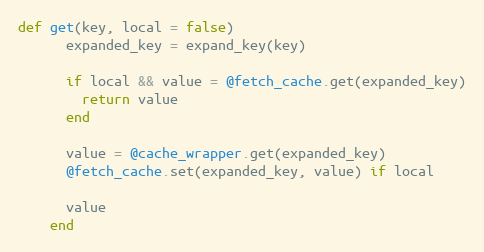
Language: Ruby
def get(key, local = false)
      expanded_key = expand_key(key)

      if local && value = @fetch_cache.get(expanded_key)
        return value
      end

      value = @cache_wrapper.get(expanded_key)
      @fetch_cache.set(expanded_key, value) if local

      value
    end